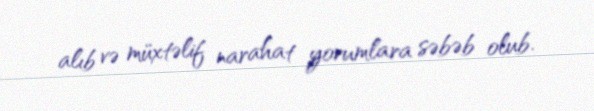
alıb və müxtəlif narahat yorumlara səbəb olub.